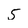
Character: 5